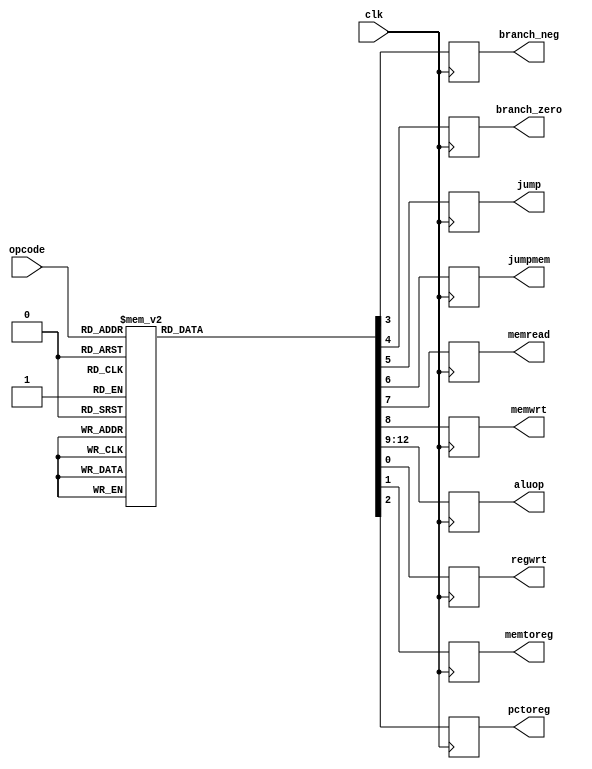
`timescale 1ns / 1ps
//////////////////////////////////////////////////////////////////////////////////
// Company: 
// Engineer: 
// 
// Design Name: 
// Module Name: control
// Project Name: 
// Target Devices: 
// Tool Versions: 
// Description: 
// 
// Dependencies: 
// 
// Revision:
// Revision 0.01 - File Created
// Additional Comments:
// 
//////////////////////////////////////////////////////////////////////////////////


module control(
    opcode, regwrt, memtoreg, pctoreg, branch_neg, branch_zero, jump, jumpmem, memread, memwrt, aluop, clk
    );
    input [3:0] opcode;
    input clk;
    output reg regwrt, memtoreg, pctoreg, branch_neg, branch_zero, jump, jumpmem, memread, memwrt;  //inputs from control unit
    output reg [3:0] aluop;      // the alu opcode
    
    always @(negedge clk) begin
        aluop = 4'b0100;
        regwrt = 0;
        memtoreg = 0;
        pctoreg = 0;
        branch_neg = 0;
        branch_zero = 0;
        jump = 0;
        jumpmem = 0;
        memread = 0;
        memwrt = 0;
        case(opcode)
            4'b0000: begin// NOP
                // do nothing
            end
            4'b1111: begin// Load PC $rd <- PC + X
                regwrt = 1;
                pctoreg = 1;
                // everything else is 0
            end
            4'b1110: begin// Load $rd <- M[$rs]
                regwrt = 1;
                memtoreg = 1;
                memread = 1;
                // everything else is 0
            end
            4'b0011: begin // Store
                memwrt = 1;
                // everything else is 0
            end
            4'b0100: begin // Add
                aluop = 4'b0000;
                regwrt = 1;
            end
            4'b0101: begin // Increment
                aluop = 4'b0001;
                regwrt = 1;
            end
            4'b0110: begin // Negate
                aluop = 4'b0010;
                regwrt = 1;
            end
            4'b0111: begin // Subtract
                aluop = 4'b0011;
                regwrt = 1;
            end
            4'b1000: begin //Jump
                jump = 1;
            end
            4'b1001: begin //Branch if zero
                branch_zero = 1;
            end
            4'b1010: begin // Jump memory
                jumpmem = 1;
            end
            4'b1011: begin // Branch if negative
                branch_neg = 1;
            end
        endcase
    end
endmodule